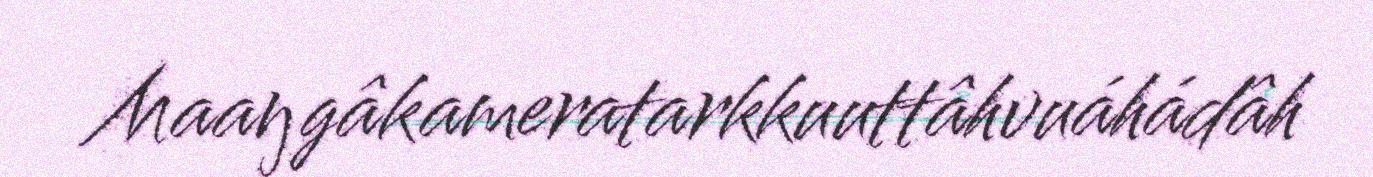
Maaŋgâkameratarkkuuttâhvuáhádâh